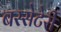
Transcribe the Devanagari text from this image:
बस्सेटेर्री